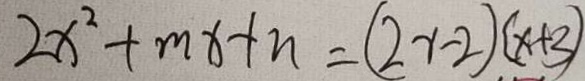
2 x ^ { 2 } + m x + n = ( 2 x - 2 ) ( x + 3 )